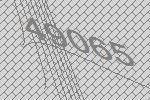
49065